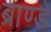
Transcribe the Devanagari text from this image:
ब्राण्डे